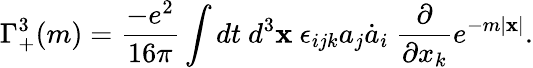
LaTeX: \Gamma_{+}^{3}(m)=\frac{-e^{2}}{16\pi}\int dt~d^{3}{\mathbf x}~\epsilon_{ijk}a_{j}\dot{a}_{i}~\frac{\partial}{\partial x_{k}}e^{-m|{\mathbf x}|}.